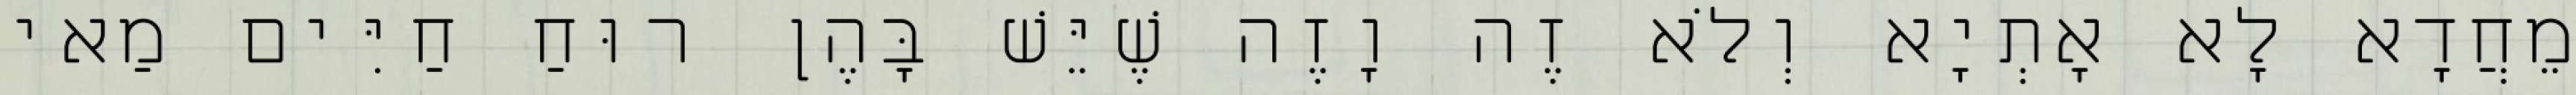
מֵחֲדָא לָא אָתְיָא וְלֹא זֶה וָזֶה שֶׁיֵּשׁ בָּהֶן רוּחַ חַיִּים מַאי